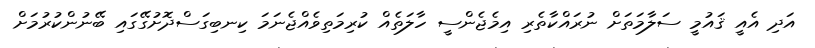
އަދި އެއީ ޤައުމީ ސަލާމަތަށް ނުރައްކާތެރި އިމެޖެންސީ ހާލަތެއް ކުރިމަތިވެއްޖެނަމަ ކިނބިގަސްދޮށުގޭގައި ބޭނުންކުރުމަށް